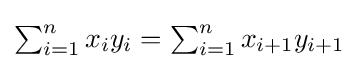
{\textstyle \sum _{i=1}^{n}x_{i}y_{i}=\sum _{i=1}^{n}x_{i+1}y_{i+1}}